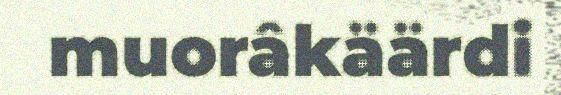
muorâkäärdi